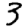
Digit: 3